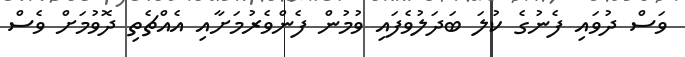
ވަސް ދުވައި ފެނުގެ ކުލަ ބަދަލުވެފައި ވުމުން ފެންވެރުމަށާއި އެއްޗެތި ދޮވުމަށް ވެސް